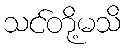
သင်တို့မသိ